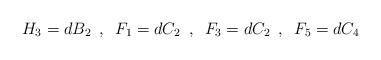
LaTeX: \begin{align*}H_3=dB_2\,\,\,,\,\,\, F_1=dC_2\,\,\,,\,\,\,F_3=dC_2\,\,\,,\,\,\, F_5=dC_4\end{align*}